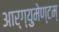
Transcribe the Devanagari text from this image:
आर्ग्युमेण्टम्